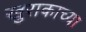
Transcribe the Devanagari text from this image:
खुराकाच्या